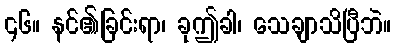
၄၆။ နင်၏ခြင်းရာ၊ ခုဤခါ၊ သေချာသိပြီဘဲ။